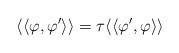
LaTeX: \begin{align*}\langle\langle\varphi,\varphi'\rangle\rangle=\tau\langle\langle\varphi',\varphi\rangle\rangle\end{align*}